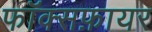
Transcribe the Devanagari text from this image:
फॉक्सफ़ायर